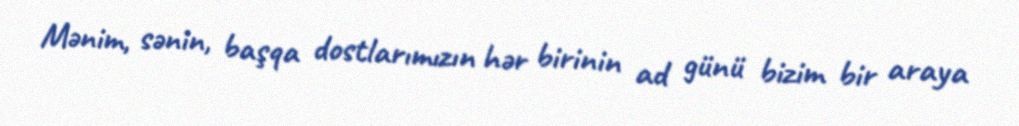
Mənim, sənin, başqa dostlarımızın hər birinin ad günü bizim bir araya